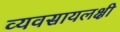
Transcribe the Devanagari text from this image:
व्यवसायलक्षी